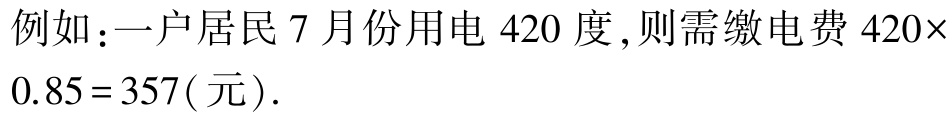
例如：一户居民 7 月份用电 420 度,则需缴电费 \(420\times0.85 = 357(\text{元})\).